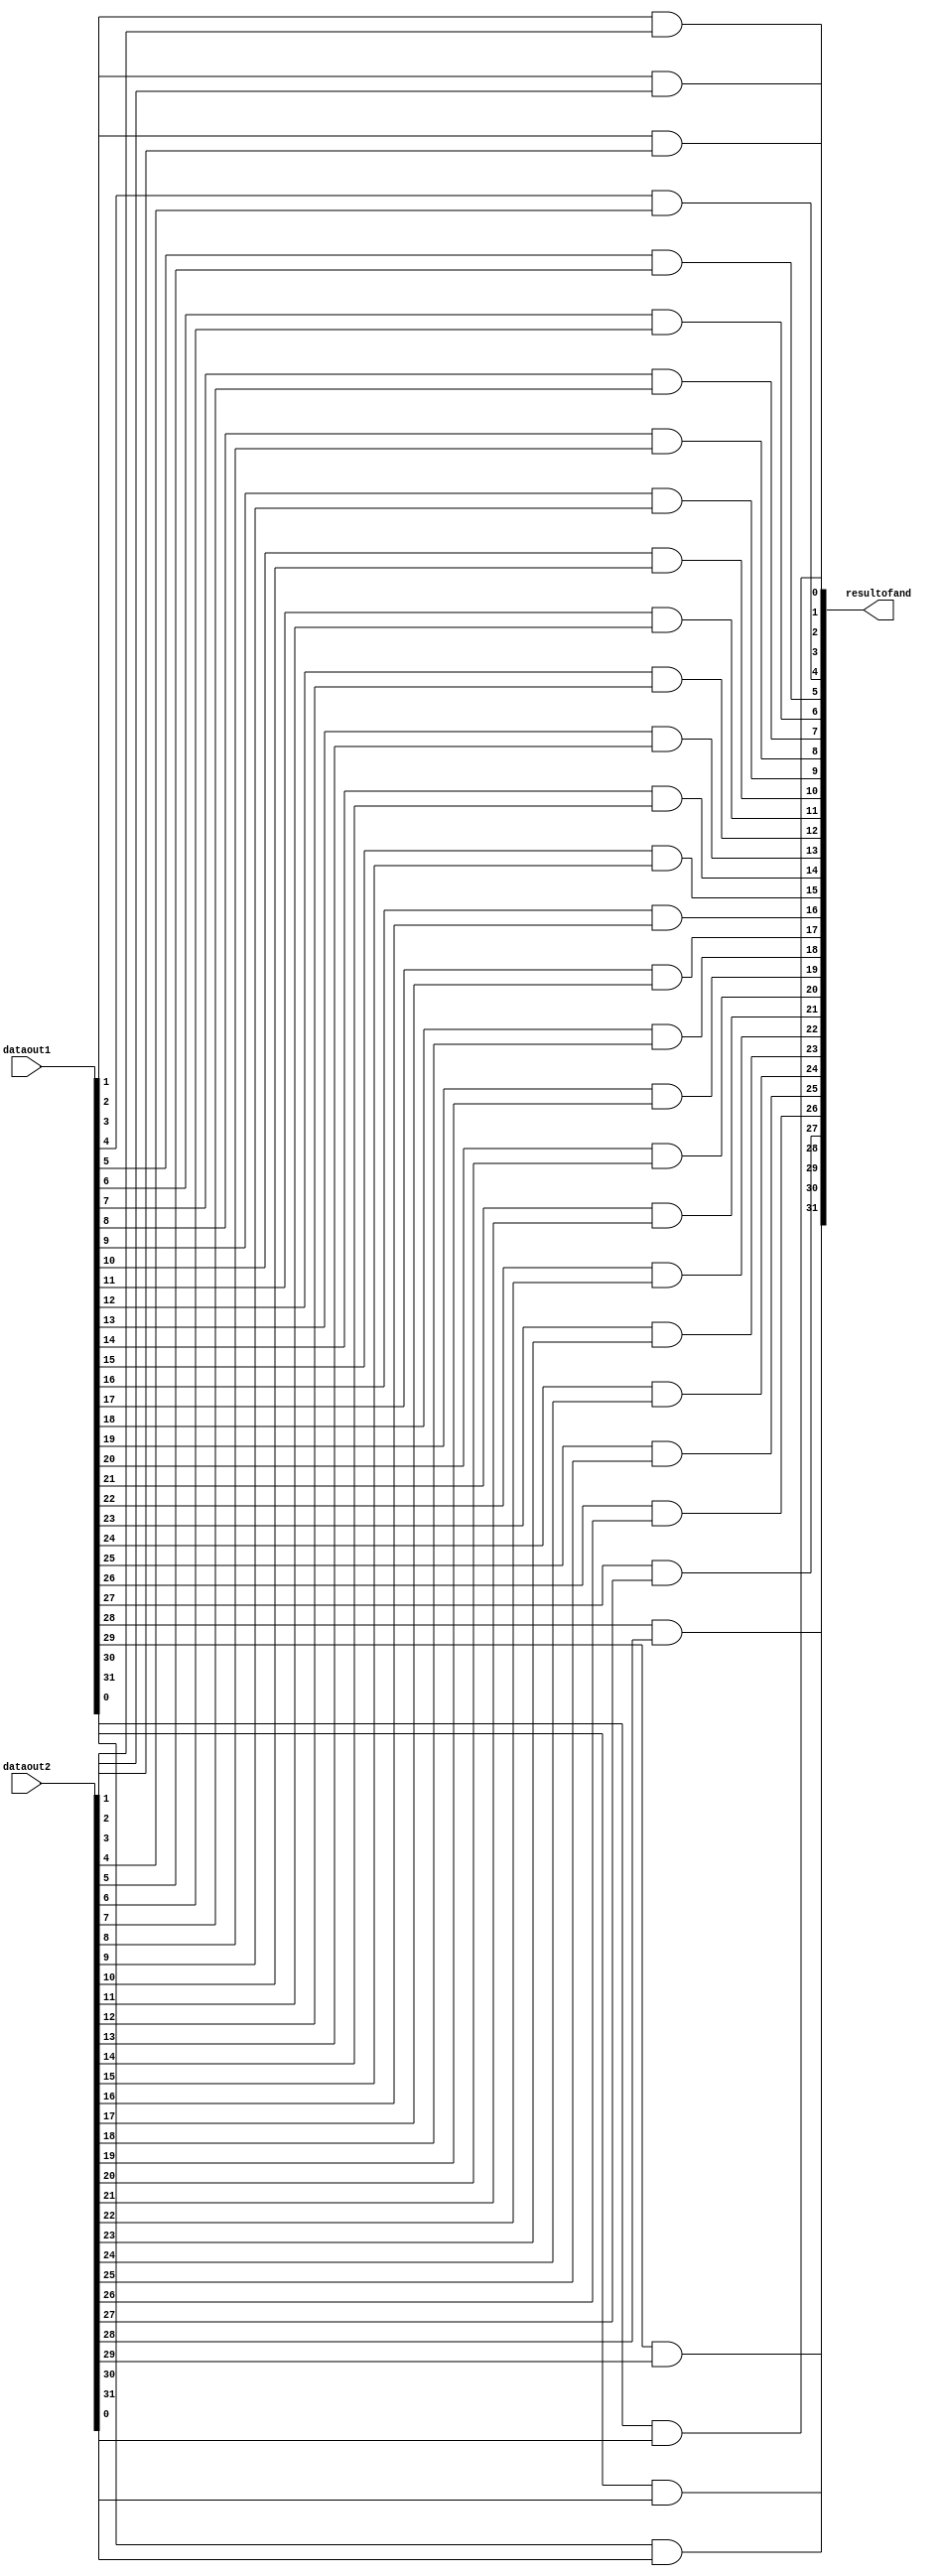
module ANDER(resultofand,dataout1,dataout2);
input [31:0] dataout1;
input [31:0] dataout2;
output [31:0] resultofand;
//initial begin
//$monitor("dataout1=%d dataout2=%d resultofand=%d",dataout1,dataout2,resultofand);
//end

and and0(resultofand[0],dataout1[0], dataout2[0]);
and and1(resultofand[1],dataout1[1], dataout2[1]);
and and2(resultofand[2],dataout1[2], dataout2[2]);
and and3(resultofand[3],dataout1[3], dataout2[3]);
and and4(resultofand[4],dataout1[4], dataout2[4]);
and and5(resultofand[5],dataout1[5], dataout2[5]);
and and6(resultofand[6],dataout1[6], dataout2[6]);
and and7(resultofand[7],dataout1[7], dataout2[7]);
and and8(resultofand[8],dataout1[8], dataout2[8]);
and and9(resultofand[9],dataout1[9], dataout2[9]);
and and10(resultofand[10],dataout1[10], dataout2[10]);
and and11(resultofand[11],dataout1[11], dataout2[11]);
and and12(resultofand[12],dataout1[12], dataout2[12]);
and and13(resultofand[13],dataout1[13], dataout2[13]);
and and14(resultofand[14],dataout1[14], dataout2[14]);
and and15(resultofand[15],dataout1[15], dataout2[15]);
and and16(resultofand[16],dataout1[16], dataout2[16]);
and and17(resultofand[17],dataout1[17], dataout2[17]);
and and18(resultofand[18],dataout1[18], dataout2[18]);
and and19(resultofand[19],dataout1[19], dataout2[19]);
and and20(resultofand[20],dataout1[20], dataout2[20]);
and and21(resultofand[21],dataout1[21], dataout2[21]);
and and22(resultofand[22],dataout1[22], dataout2[22]);
and and23(resultofand[23],dataout1[23], dataout2[23]);
and and24(resultofand[24],dataout1[24], dataout2[24]);
and and25(resultofand[25],dataout1[25], dataout2[25]);
and and26(resultofand[26],dataout1[26], dataout2[26]);
and and27(resultofand[27],dataout1[27], dataout2[27]);
and and28(resultofand[28],dataout1[28], dataout2[28]);
and and29(resultofand[29],dataout1[29], dataout2[29]);
and and30(resultofand[30],dataout1[30], dataout2[30]);
and and31(resultofand[31],dataout1[31], dataout2[31]);

endmodule